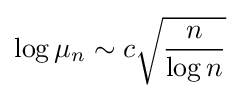
\log \mu _{n}\sim c{\sqrt {\frac {n}{\log n}}}